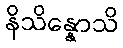
နိသိန္နောသိ